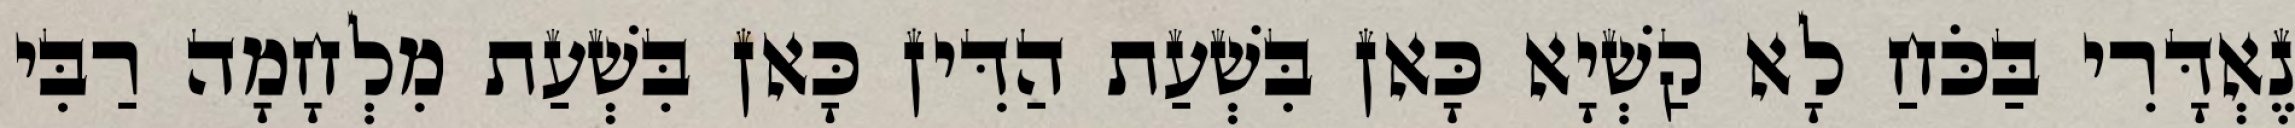
נֶאְדָּרִי בַּכֹּחַ לָא קַשְׁיָא כָּאן בִּשְׁעַת הַדִּין כָּאן בִּשְׁעַת מִלְחָמָה רַבִּי